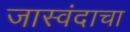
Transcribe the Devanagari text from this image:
जास्वंदाचा